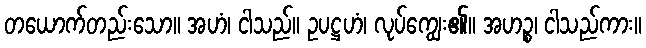
တယောက်တည်းသော။ အဟံ၊ ငါသည်။ ဥပဋ္ဌဟံ၊ လုပ်ကျွေး၏။ အဟဉ္စ၊ ငါသည်ကား။